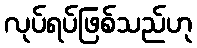
လုပ်ရပ်ဖြစ်သည်ဟု